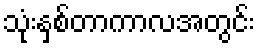
သုံးနှစ်တာကာလအတွင်း